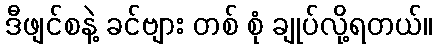
ဒီဖျင်စနဲ့ ခင်ဗျား တစ် စုံ ချုပ်လို့ရတယ်။